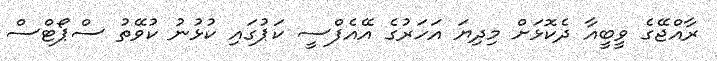
ރާއްޖޭގެ ވީބީއާ ދެކޮޅަށް މިދިޔަ އަހަރުގެ އޭއެފްސީ ކަޕުގައި ކުޅުނު ކުވޭތު ސްޕޯޓްސް